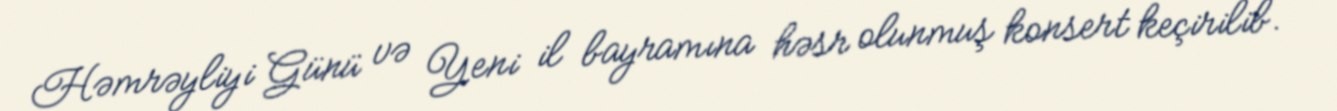
Həmrəyliyi Günü və Yeni il bayramına həsr olunmuş konsert keçirilib.